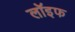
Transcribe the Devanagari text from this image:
लॉइफ